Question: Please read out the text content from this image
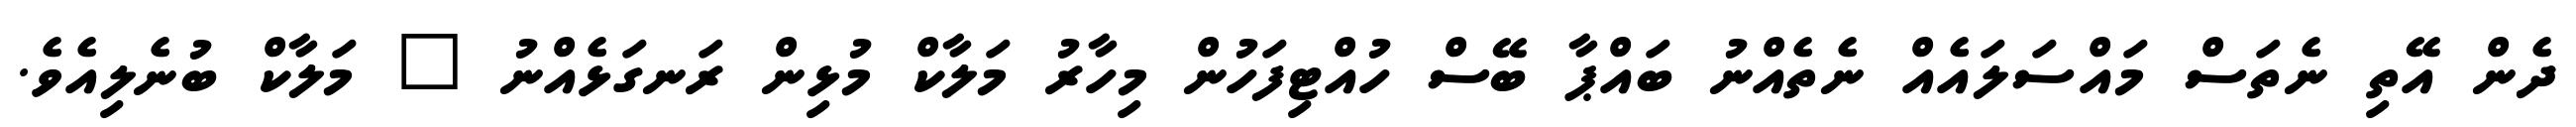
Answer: ދެން އޭތި ނެތަސް މައްސަލައެއް ނެތެއްނު ބައްޕާ ބޭސް ހުއްޓިފަހުން މިހާރު މަލާކް މުޅިން ރަނގަޅެއްނު " މަލާކް ބުނެލިއެވެ.